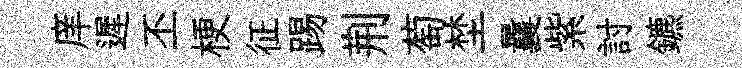
庠遲丕梗征踢荆萄埜曩紫討鑣